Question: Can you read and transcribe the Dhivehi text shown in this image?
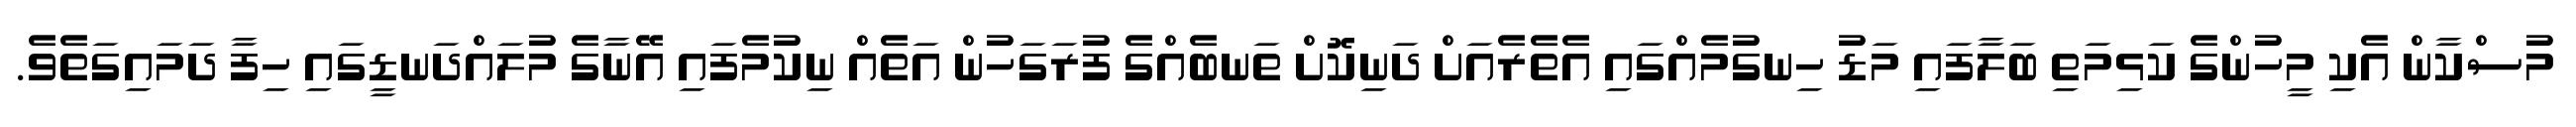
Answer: މުސްކާން އެކި މީހުންގެ ކަޅިމަތި ބަލާފައި މަޑު ހިނގުމެއްގައި އެތެރެއަށް ދަނިކޮށް ތަނބެއްގެ ފުރަގަހުން އަތެއް ނިކުމެފައި އޭނާގެ މުލައްދަނޑީގައި ހިފާ ދަމައިގަތެވެ.